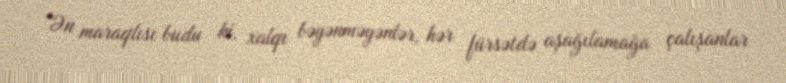
“Ən maraqlısı budu ki, xalqı bəyənməyənlər, hər fürsətdə aşağılamağa çalışanlar